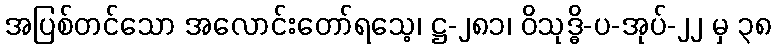
အပြစ်တင်သော အလောင်းတော်ရသေ့၊ ဋ္ဌ-၂၈၁၊ ဝိသုဒ္ဓိ-ပ-အုပ်-၂၂ မှ ၃၈